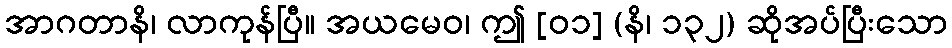
အာဂတာနိ၊ လာကုန်ပြီ။ အယမေဝ၊ ဤ [၀၁] (နိ၊ ၁၃၂) ဆိုအပ်ပြီးသော